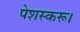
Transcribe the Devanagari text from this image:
पेशस्‍करू।